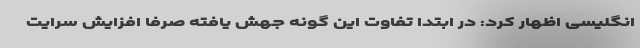
انگلیسی اظهار کرد: در ابتدا تفاوت این گونه جهش یافته صرفا افزایش سرایت